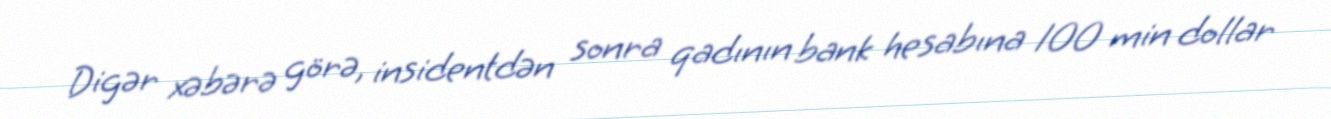
Digər xəbərə görə, insidentdən sonra qadının bank hesabına 100 min dollar